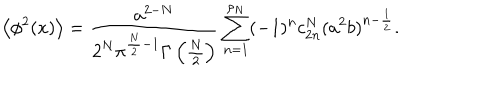
\left< \phi ^ { 2 } ( x ) \right> = { \frac { a ^ { 2 - N } } { 2 ^ { N } \pi ^ { \frac N 2 - 1 } \Gamma \left( \frac N 2 \right) } } \sum _ { n = 1 } ^ { \rho _ { N } } ( - 1 ) ^ { n } c _ { 2 n } ^ { N } ( a ^ { 2 } b ) ^ { n - \frac 1 2 } .